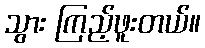
သွား ကြည့်ဖူးတယ်။